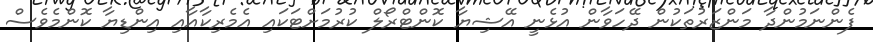
ފެންނަމުންދާ މަންޒަރުތަކުން ދޭހަވާން އުޅެނީ އޭޝިޔާ ކޮންޓްރޯލް ކުރުމަށްޓަކައި އެމެރިކާއާއި އިންޑިޔާ ކޮންމެވެސް